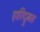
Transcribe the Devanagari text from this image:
हारिद्रुमत